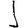
Digit: 1